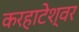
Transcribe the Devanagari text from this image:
करहाटेश्वर